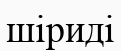
шіриді